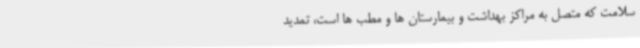
سلامت که متصل به مراکز بهداشت و بیمارستان ها و مطب ها است، تمدید